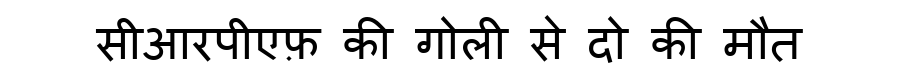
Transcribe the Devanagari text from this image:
सीआरपीएफ़ की गोली से दो की मौत